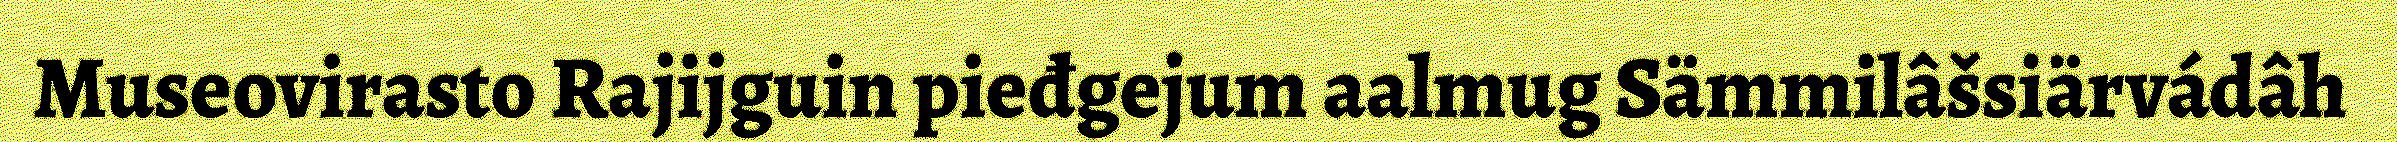
Museovirasto Rajijguin pieđgejum aalmug Sämmilâšsiärvádâh